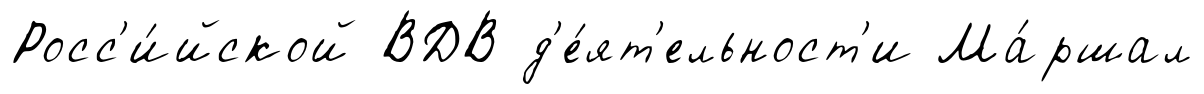
Росс'и́йской ВДВ д'е́ят'ельност'и Ма́ршал